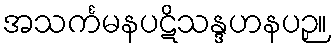
အသင်္ကမနပဋိသန္ဒဟနပဉှ။